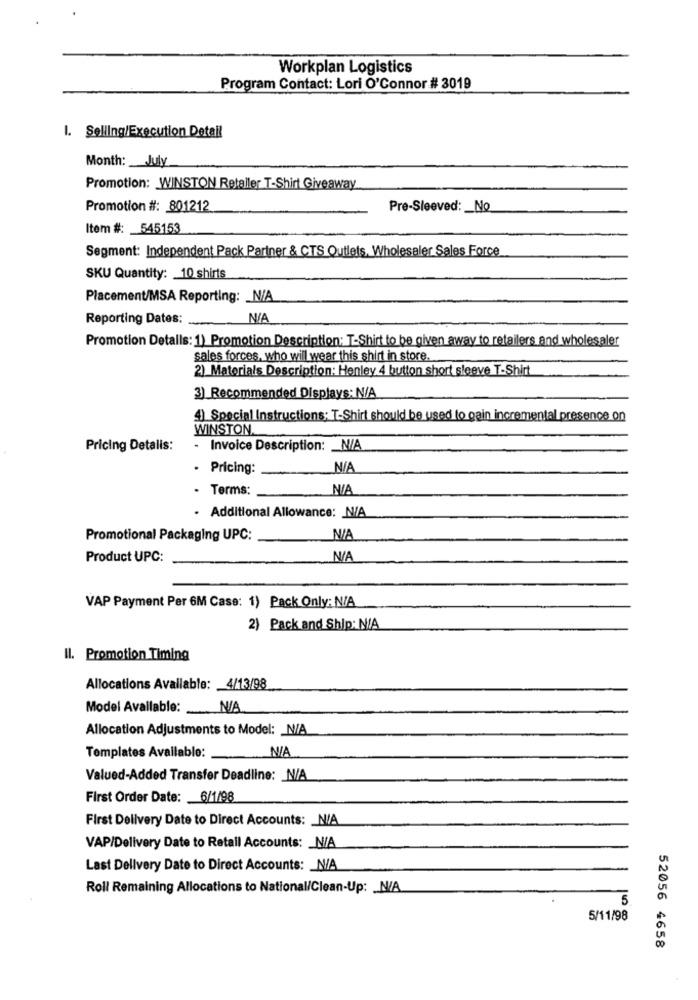
Workplan Logistics
Program Contact: Lori O'Connor # 3019
1. Selling/Execution Detail
Month: __ July
Promotion: WINSTON Retaller T-Shirt Giveaway
Promotion #: 801212
Pre-Sleeved: _ No
Item #: 545153
Segment: Independent Pack Partner & CTS Outlets, Wholesaler Sales Force
SKU Quantity: 10 shirts
Placement/MSA Reporting: _ N/A
Reporting Dates:
Promotion Details: 1) Promotion Description: T-Shirt to be given away to retailers and wholesaler
sales forces, who will wear this shirt in store.
2) Materials Description: Henley 4 button short sleeve T-Shirt
3) Recommended Displays: N/A
4) Special Instructions; T-Shirt should be used to gain incremental presence on
WINSTON.
Pricing Detalis:
- Invoice Description: _ N/A
. Pricing:
- Terms:
. Additional Allowance: N/A
Promotional Packaging UPC:
Product UPC:
VAP Payment Per 6M Case: 1) Pack Only: N/A
2) Pack and Ship: N/A
Il. Promotion Timing
Allocations Available: 4/13/98
Model Available:
Allocation Adjustments to Model: N/A
Templates Available:
Valued-Added Transfer Deadline: N/A
First Order Date: 6/1/98
First Delivery Date to Direct Accounts: _ N/A
VAP/Delivery Date to Retall Accounts: _ N/A
Last Delivery Date to Direct Accounts: _ N/A
Roll Remaining Allocations to National/Clean-Up: N/A
5
5/11/98
52056 4658